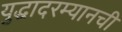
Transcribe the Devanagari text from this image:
युद्धादरम्यानची